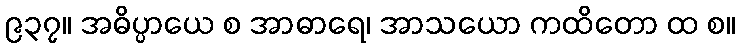
၉၃၇။ အဓိပ္ပာယေ စ အာဓာရေ၊ အာသယော ကထိတော ထ စ။